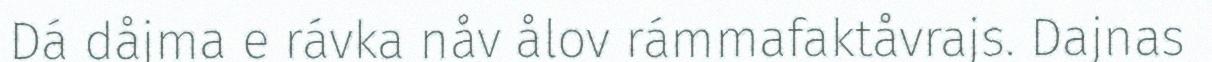
Dá dåjma e rávka nåv ålov rámmafaktåvrajs. Dajnas